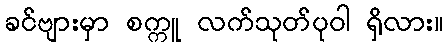
ခင်ဗျားမှာ စက္ကူ လက်သုတ်ပုဝါ ရှိလား။